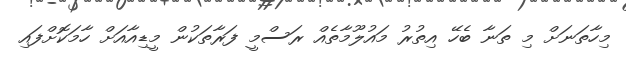
މިހާތަނަށް މި ތަނާ ބެހޭ އިތުރު މައުލޫމާތެއް ރަސްމީ ފަރާތަކުން މީޑިއާއަށް ހާމަކޮށްފައި